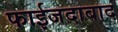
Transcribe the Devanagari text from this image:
फाईजदाबाद